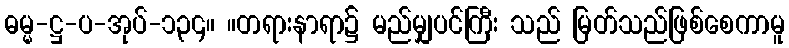
ဓမ္မ-ဋ္ဌ-ပ-အုပ်-၁၃၄။ ။တရားနာရာ၌ မည်မျှပင်ကြီး သည် မြတ်သည်ဖြစ်စေကာမူ